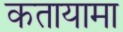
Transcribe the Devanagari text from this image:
कतायामा